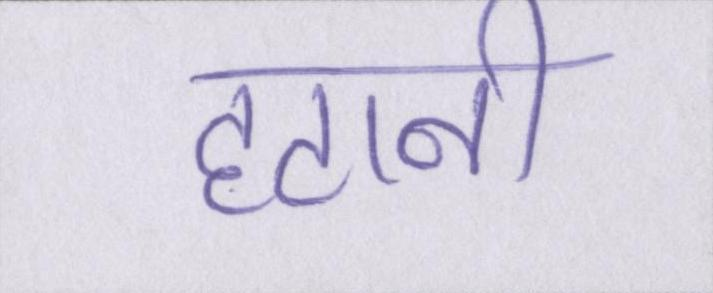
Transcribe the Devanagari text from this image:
हटानी